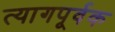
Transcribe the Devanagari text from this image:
त्यागपूर्वक